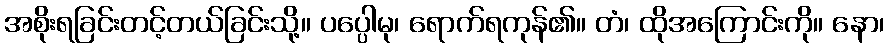
အစိုးရခြင်းတင့်တယ်ခြင်းသို့။ ပပ္ပေါမု၊ ရောက်ရကုန်၏။ တံ၊ ထိုအကြောင်းကို။ နော၊